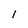
Character: l